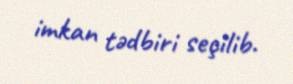
imkan tədbiri seçilib.